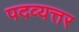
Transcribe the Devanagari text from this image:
पदव्यत्तर